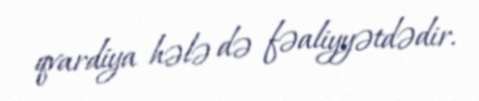
qvardiya hələ də fəaliyyətdədir.